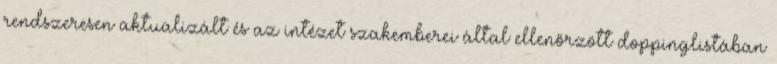
rendszeresen aktualizált és az intézet szakemberei által ellenőrzött doppinglistában